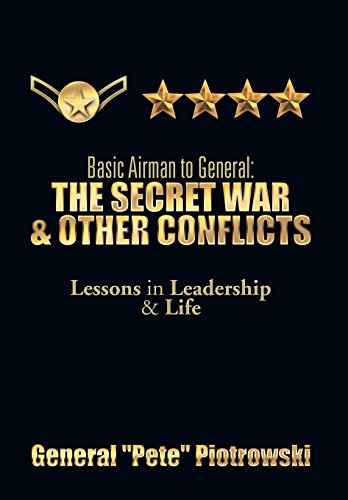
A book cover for Basic Airman to General: The Secret War & Other Conflicts: Lessons in Leadership & Life; General ''Pete'' Piotrowski; History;